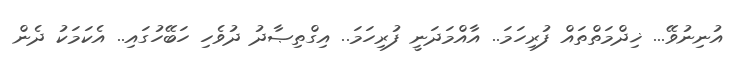
އުނިނުވޭ... ޚިދްމަތްތައް ފުރިހަމަ.. އާއްމަދަނީ ފުރިހަމަ.. އިގްތިޞާދު ދުވެހި ހަބޭހުގައި.. އެކަމަކު ދެން